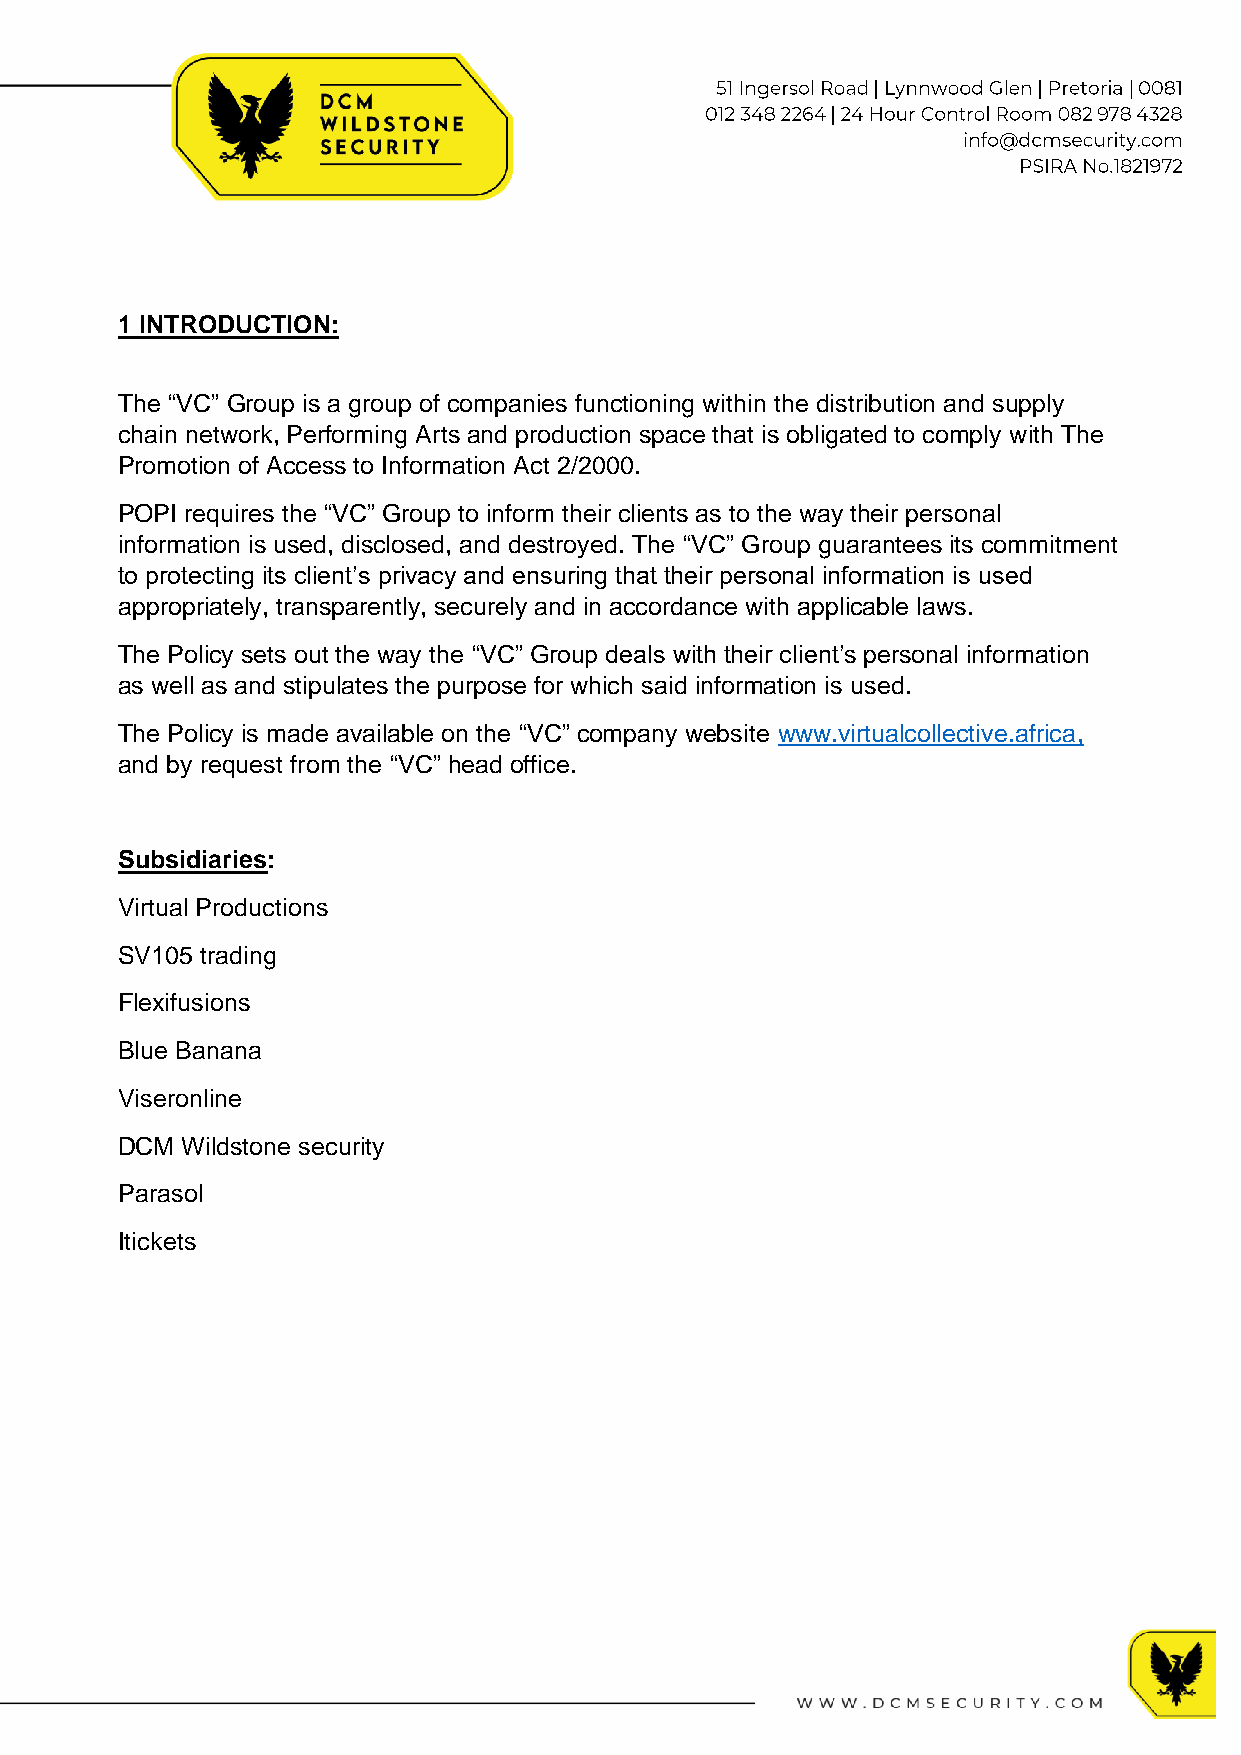
1 INTRODUCTION:
 The “VC” Group is a group of companies functioning within the distribution and supply
 chain network, Performing Arts and production space that is obligated to comply with The
 Promotion of Access to Information Act 2/2000.
 POPI requires the “VC” Group to inform their clients as to the way their personal
 information is used, disclosed, and destroyed. The “VC” Group guarantees its commitment
 to protecting its client’s privacy and ensuring that their personal information is used
 appropriately, transparently, securely and in accordance with applicable laws.
 The Policy sets out the way the “VC” Group deals with their client’s personal information
 as well as and stipulates the purpose for which said information is used.
 The Policy is made available on the “VC” company website www.virtualcollective.africa,
 and by request from the “VC” head office.
 Subsidiaries:
 Virtual Productions
 SV105 trading
 Flexifusions
 Blue Banana
 Viseronline
 DCM Wildstone security
 Parasol
 Itickets